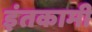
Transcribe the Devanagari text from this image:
इंतकामी